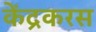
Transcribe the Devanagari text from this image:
केंद्रकरस